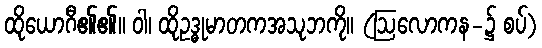
ထိုယောဂီ၏၏။ ဝါ၊ ထိုဥဒ္ဓုမာတကအသုဘကို။ (ဩလောကန-၌ စပ်)